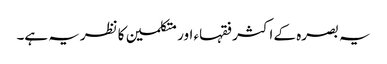
یہ بصرہ کے اکثر فقہاء اور متکلمین کا نظریہ ہے۔